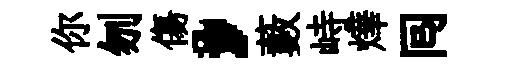
你刎傷，藪峙燁囘